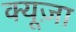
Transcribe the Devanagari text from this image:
क्यूज़ा